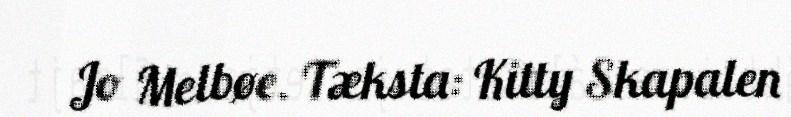
Jo Melbøe. Tæksta: Kitty Skapalen